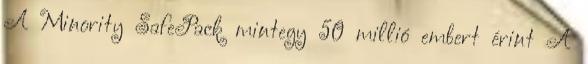
A Minority SafePack mintegy 50 millió embert érint A